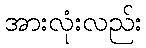
အားလုံးလည်း